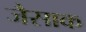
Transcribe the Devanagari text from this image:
जैसाक